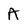
Character: A